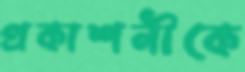
প্রকাশনীকে